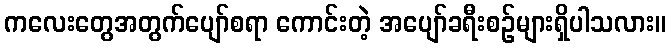
ကလေးတွေအတွက်ပျော်စရာ ကောင်းတဲ့ အပျော်ခရီးစဉ်များရှိပါသလား။